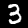
Label: 3